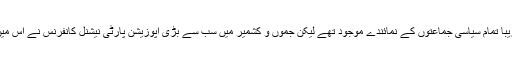
اس میٹنگ میں تقریباً تمام سیاسی جماعتوں کے نمائندے موجود تھے لیکن جموں و کشمیر میں سب سے بڑی اپوزیشن پارٹی نیشنل کانفرنس نے اس میں شرکت نہیں کی۔